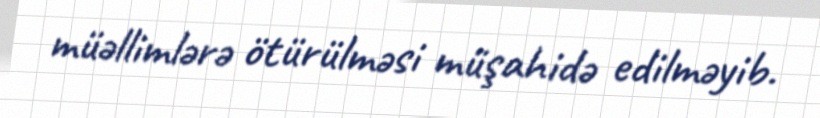
müəllimlərə ötürülməsi müşahidə edilməyib.